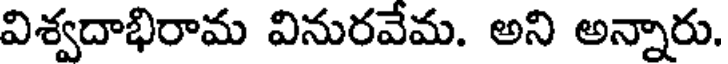
విశ్వదాభిరామ వినురవేమ. అని అన్నారు.